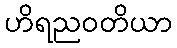
ဟိရညဝတိယာ